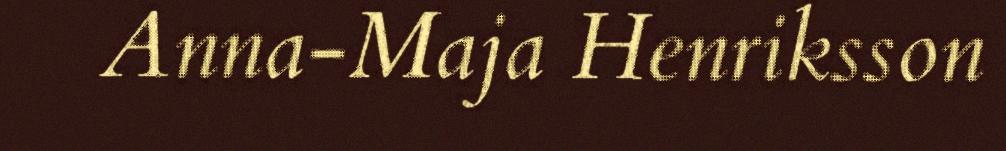
Anna-Maja Henriksson